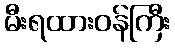
မီးရထားဝန်ကြီး